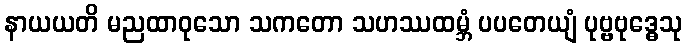
နာယယတိ မညထာဝုသော သကတော သဟဿထမ္ဘံ ပပတေယျံ ပုဗ္ဗဗုဒ္ဓေသု